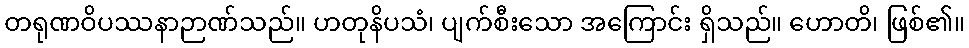
တရုဏဝိပဿနာဉာဏ်သည်။ ဟတုနိပသံ၊ ပျက်စီးသော အကြောင်း ရှိသည်။ ဟောတိ၊ ဖြစ်၏။